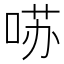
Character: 𱓁